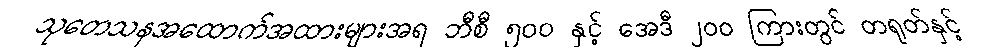
သုတေသနအထောက်အထားများအရ ဘီစီ ၅၀၀ နှင့် အေဒီ ၂၀၀ ကြားတွင် တရုတ်နှင့်